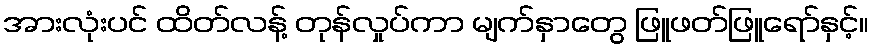
အားလုံးပင် ထိတ်လန့် တုန်လှုပ်ကာ မျက်နှာတွေ ဖြူဖတ်ဖြူရော်နှင့်။